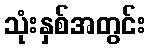
သုံးနှစ်အတွင်း